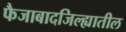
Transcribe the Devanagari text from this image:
फैजाबादजिल्ह्यातील